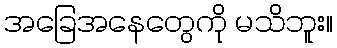
အခြေအနေတွေကို မသိဘူး။